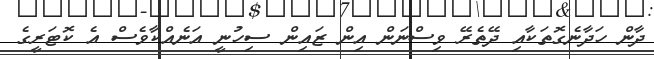
ދާން ހަދާނެގޮތަކާއި ދޭތެރޭ ވިސްނަން އިން ޒައިން ސިހުނީ އަނެއްކާވެސް އެ ކޮޓަރީގެ